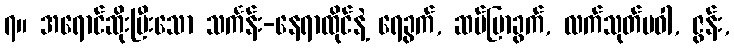
၇။ အရောင်ဆိုးပြီးသော သင်္ကန်း-နေရာထိုင်နဲ့ ရေခွက်, ဆပ်ပြာခွက်, လက်သုတ်ပဝါ, ဇွန်း,